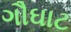
ગૌઘાટ